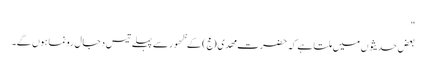
"
بعض حدیثوں میں ملتا ہے کہ حضرت مھدی (عج) کے ظھور سے پہلے تیس دجال رونما ہوں گے۔